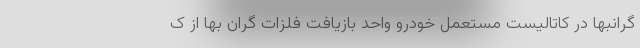
گرانبها در کاتالیست مستعمل خودرو واحد بازیافت فلزات گران بها از ک